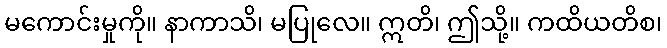
မကောင်းမှုကို။ နာကာသိ၊ မပြုလေ။ ဣတိ၊ ဤသို့။ ကထိယတိစ၊